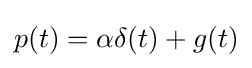
p(t)=\alpha \delta (t)+g(t)